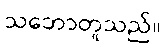
သဘောတူသည်။